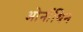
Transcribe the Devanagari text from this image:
ओर्नीथिन